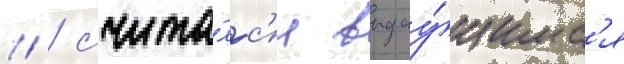
// / счита́лс'я выдау́щимс'я